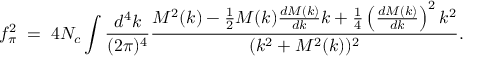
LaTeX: f _ { \pi } ^ { 2 } \; = \; 4 N _ { c } \int \frac { d ^ { 4 } k } { ( 2 \pi ) ^ { 4 } } \frac { M ^ { 2 } ( k ) - \frac 1 2 M ( k ) \frac { d M ( k ) } { d k } k + \frac 1 4 \left( \frac { d M ( k ) } { d k } \right) ^ { 2 } k ^ { 2 } } { ( k ^ { 2 } + M ^ { 2 } ( k ) ) ^ { 2 } } .